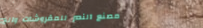
مصنع النصر للمفروشات والخ